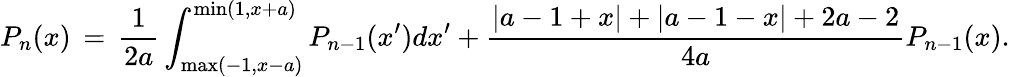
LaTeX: P_{n}(x)\, =\, \frac{1}{2a}\int_{\mathrm{max}(-1,x-a)}^{\mathrm{min}(1,x+a)}P_{n-1}(x^{\prime})dx^{\prime}+\frac{|a-1+x|+|a-1-x|+2a-2}{4a}P_{n-1}(x).